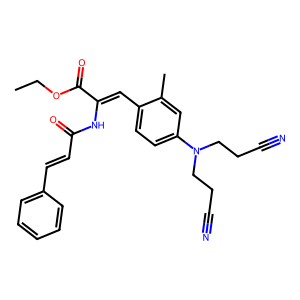
SMILES: CCOC(=O)C(=Cc1ccc(N(CCC#N)CCC#N)cc1C)NC(=O)C=Cc1ccccc1
Inhibits HIV replication: No